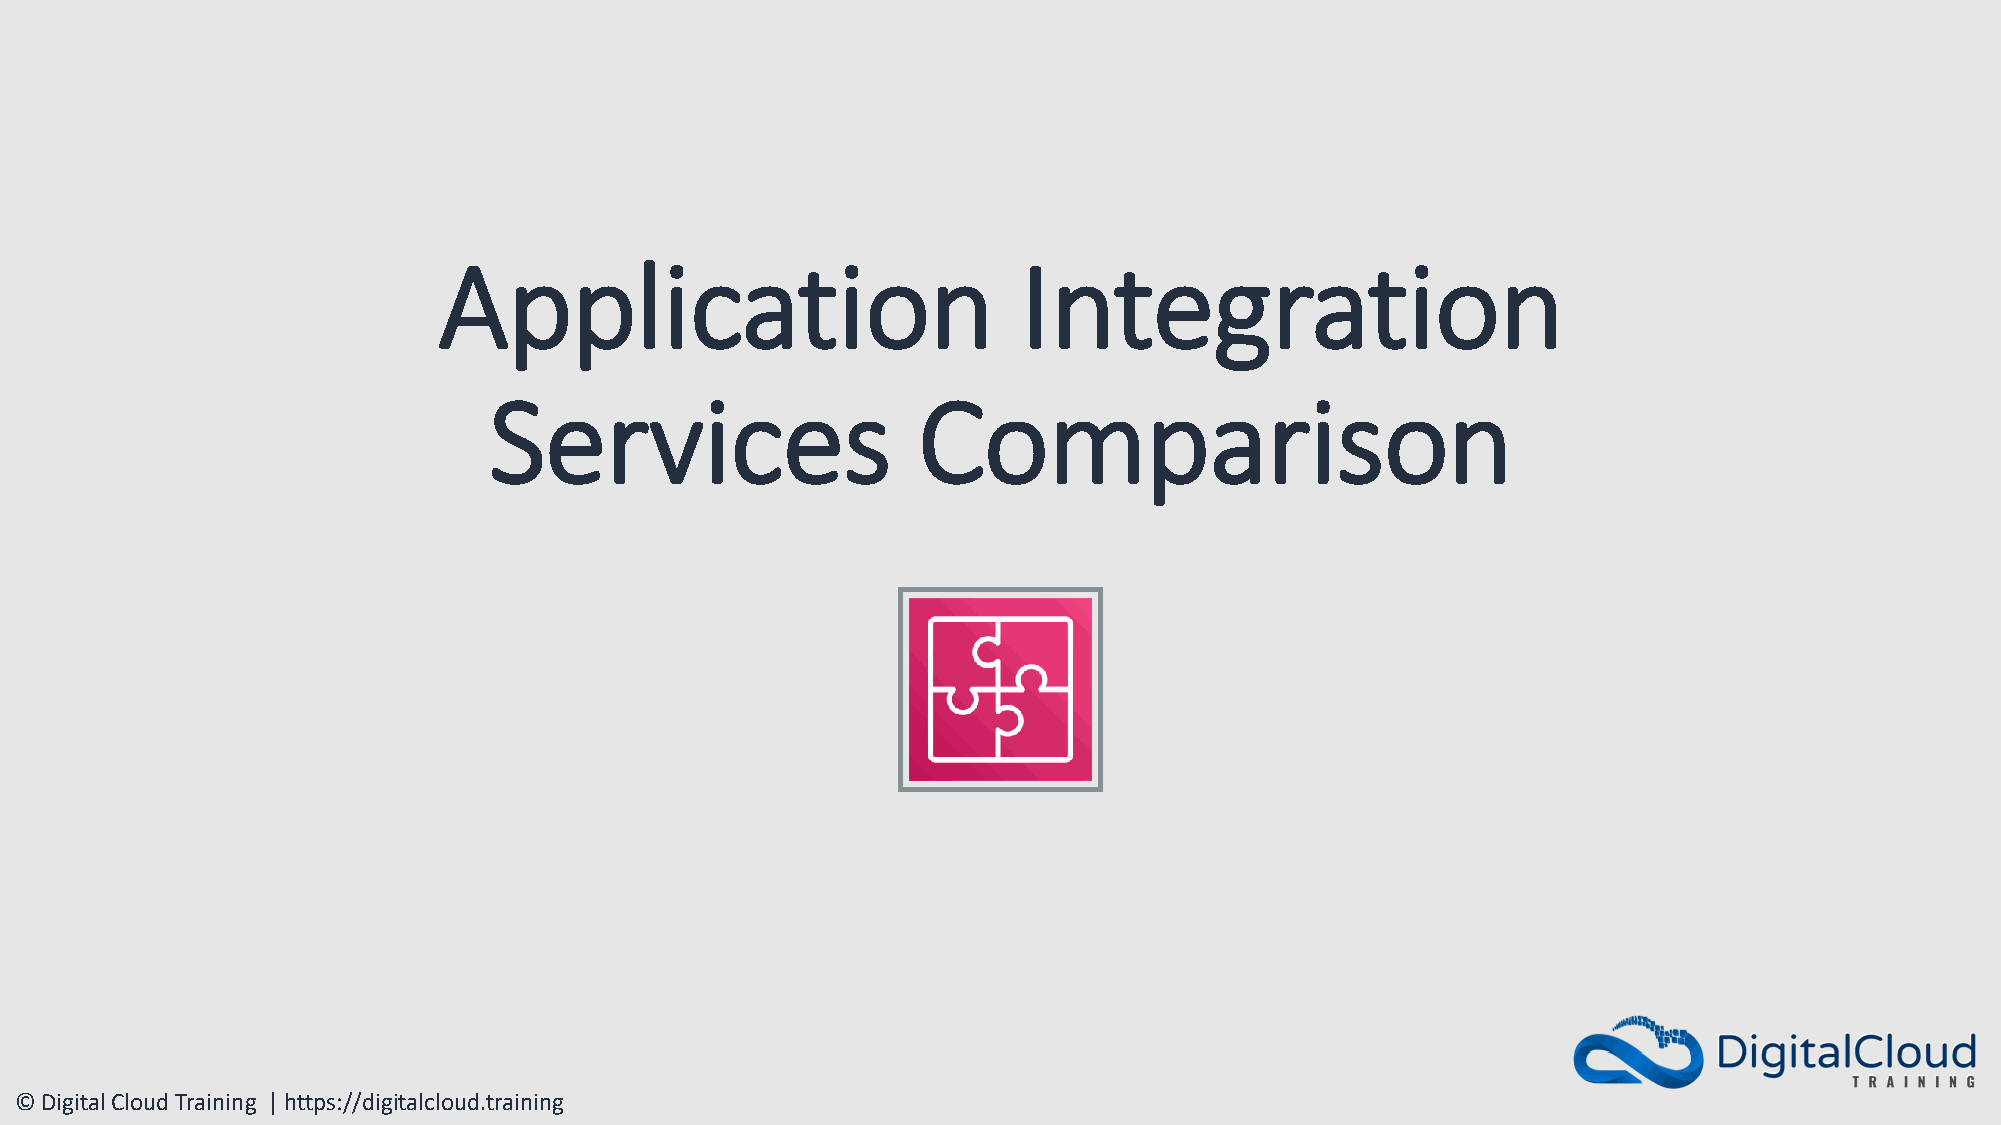
Application                            Integration
 Services                     Comparison
 © Digital Cloud Training | https://digitalcloud.training